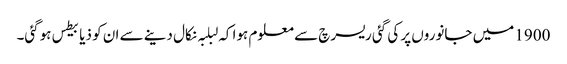
1900 میں‌ جانوروں‌ پر کی گئی ریسرچ سے معلوم ہوا کہ لبلبہ نکال دینے سے ان ‌کو ذیابیطس ہوگئی۔